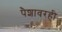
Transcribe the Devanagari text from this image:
पैशावरही